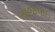
બાજપાઇ